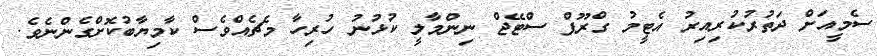
ސެމީއަށް ދަތުރުކުރިއިރު އެޓީމު ގްރޫޕް ސްޓޭޖް ނިންމާލީ ކުޅުނު ހުރިހާ މެޗެއްވެސް ކާމިޔާބުކޮށްގެންނެވެ.